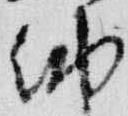
納